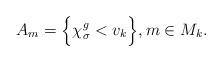
LaTeX: \begin{align*}A_m = \Big\{ \chi^g_\sigma < v_k \Big\}, m \in M_k.\end{align*}